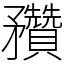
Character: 䂎